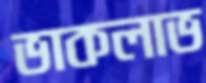
ভাকলাভ